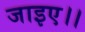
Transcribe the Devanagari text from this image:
जाइए।।